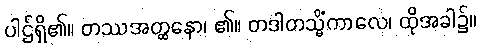
ပါဌ်ရှိ၏။ တဿအတ္ထနော၊ ၏။ တဒါတသ္မိံကာလေ၊ ထိုအခါ၌။